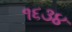
૧૬૩૪